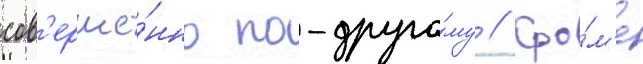
сов'ерше́нно по-друго́му // Кро́м'е